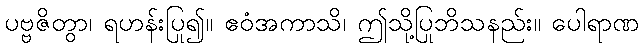
ပဗ္ဗဇိတွာ၊ ရဟန်းပြု၍။ ဧဝံအကာသိ၊ ဤသို့ပြုဘိသနည်း။ ပေါရာဏ